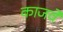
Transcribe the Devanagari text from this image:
काजवे